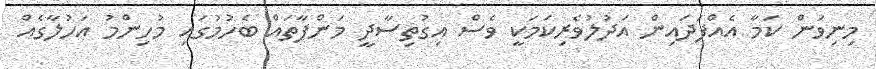
މިނިވަން ކަމާ އެއްފަދައިން އަދުލުވެރިކަމަކީ ވެސް އިގުތިސާދީ މަންފާތައް ބެހުމުގައި މުހިންމު އަހުލާގެއް